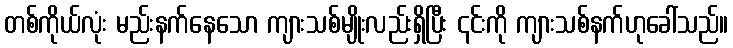
တစ်ကိုယ်လုံး မည်းနက်နေသော ကျားသစ်မျိုးလည်းရှိပြီး ၎င်းကို ကျားသစ်နက်ဟုခေါ်သည်။